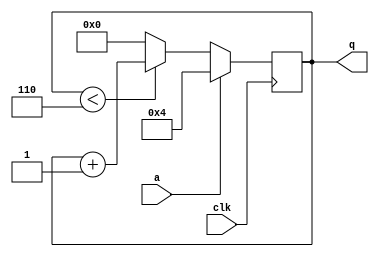
module top_module (
    input clk,
    input a,
    output [3:0] q );

always @(posedge clk) begin
	if (a) q <= 4;
	else begin
	if (q<6) q <= q + 1;
	else q <= 0;
	
end
end

endmodule